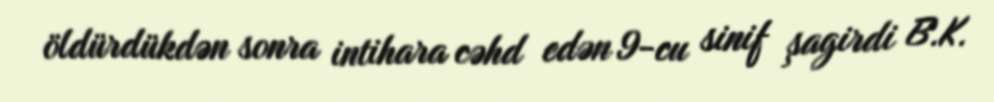
öldürdükdən sonra intihara cəhd edən 9-cu sinif şagirdi B.K.